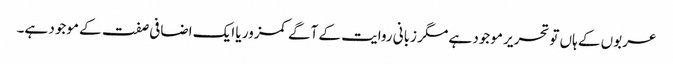
عربوں کے ہاں تو تحریر موجود ہے مگر زبانی روایت کے آگے کمزور یا ایک اضافی صفت کے موجود ہے۔